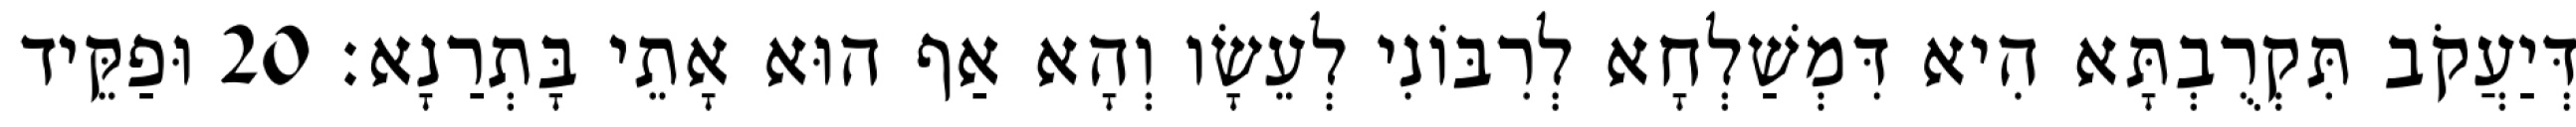
דְּיַעֲקֹב תִּקְרֻבְתָּא הִיא דִּמְשַׁלְחָא לְרִבּוֹנִי לְעֵשָׂו וְהָא אַף הוּא אָתֵי בָּתְרַנָא׃ 20 וּפַקֵּיד